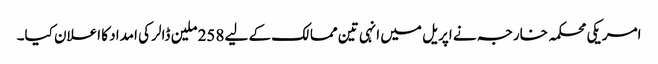
امریکی محکمہ خارجہ نے اپریل میں انہی تین ممالک کے لیے 258 ملین ڈالر کی امداد کا اعلان کیا۔